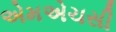
એમએચસી